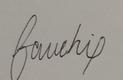
Signature authenticity: forged